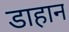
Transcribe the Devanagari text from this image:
डाहान